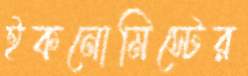
ইকনোমিস্টের